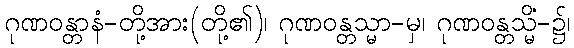
ဂုဏဝန္တာနံ-တို့အား(တို့၏)၊ ဂုဏဝန္တသ္မာ-မှ၊ ဂုဏဝန္တသ္မိံ-၌၊